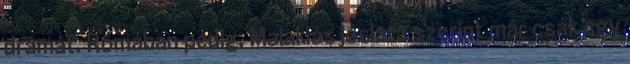
drámát. Rómában pedig, Malakiás jóslata szerint már csak egy